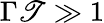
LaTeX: \Gamma\mathscr{T}\gg1